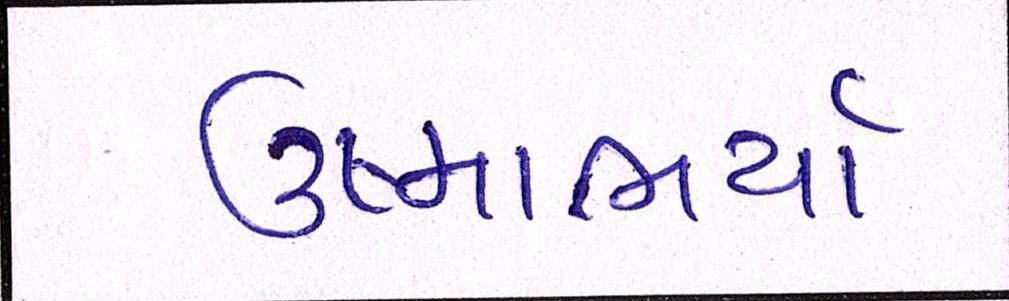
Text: ઉષ્માભર્યાં